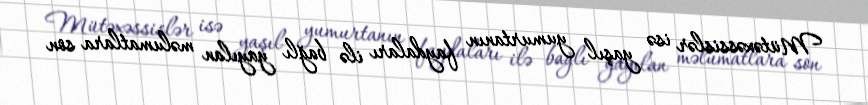
Mütəxəssislər isə yaşıl yumurtanın faydaları ilə bağlı yayılan məlumatlara son